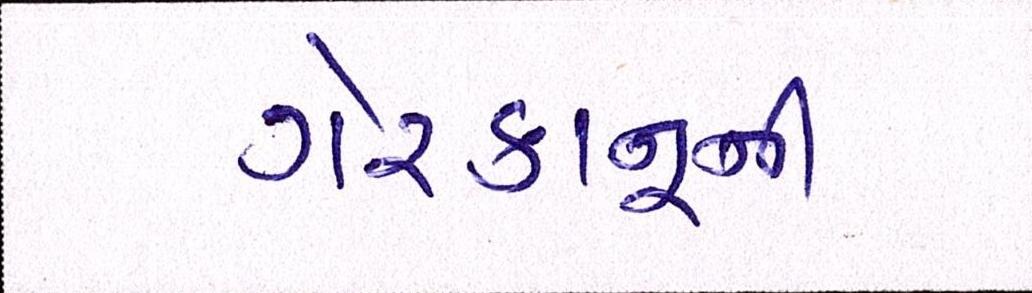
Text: ગેરકાનૂની